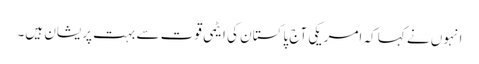
انہوں نے کہا کہ امریکی آج پاکستان کی ایٹمی قوت سے بہت پریشان ہیں۔